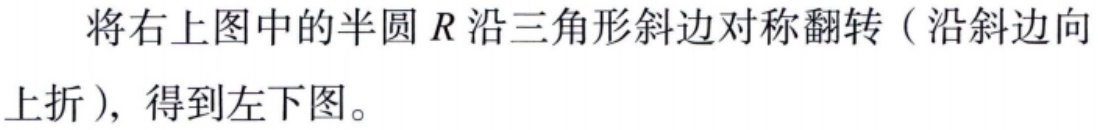
将右上图中的半圆\(R\)沿三角形斜边对称翻转（沿斜边向上折），得到左下图。